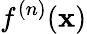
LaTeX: f^{(n)}(\mathbf{x})